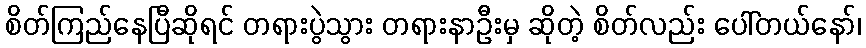
စိတ်ကြည်နေပြီဆိုရင် တရားပွဲသွား တရားနာဦးမှ ဆိုတဲ့ စိတ်လည်း ပေါ်တယ်နော်၊